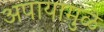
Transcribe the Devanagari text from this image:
अपायामुळे